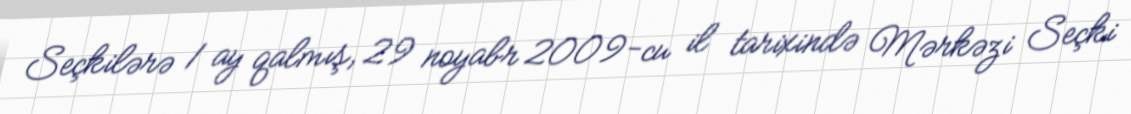
Seçkilərə 1 ay qalmış, 29 noyabr 2009-cu il tarixində Mərkəzi Seçki